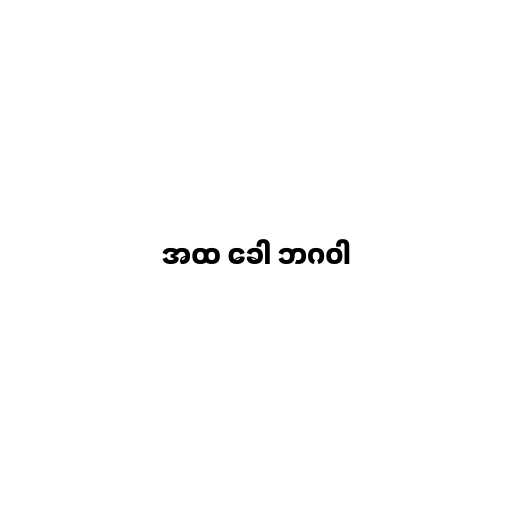
အထ ခေါ ဘဂဝါ